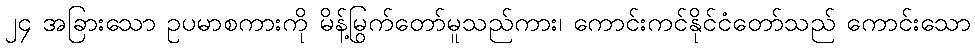
၂၄ အခြားသော ဥပမာစကားကို မိန့်မြွက်တော်မူသည်ကား၊ ကောင်းကင်နိုင်ငံတော်သည် ကောင်းသော